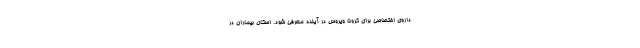
داروی اختصاصی برای کرونا ویروس در آینده معرفی شود. اسکان بیماران در